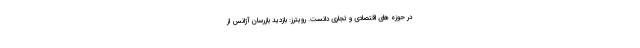
در حوزه های اقتصادی و تجاری دانست. رویترز: بازدید بازرسان آژانس از